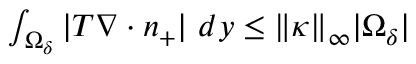
\begin{array} { r } { \int _ { \Omega _ { \delta } } | T \nabla \cdot n _ { + } | \ d y \leq \| \kappa \| { _ \infty } | \Omega _ { \delta } | } \end{array}